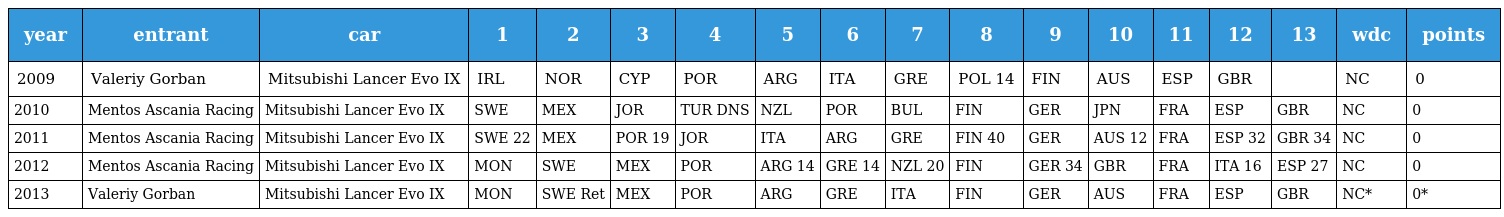
| year | entrant | car | 1 | 2 | 3 | 4 | 5 | 6 | 7 | 8 | 9 | 10 | 11 | 12 | 13 | wdc | points |
 | --- | --- | --- | --- | --- | --- | --- | --- | --- | --- | --- | --- | --- | --- | --- | --- | --- | --- |
 | 2009 | Valeriy Gorban | Mitsubishi Lancer Evo IX | IRL | NOR | CYP | POR | ARG | ITA | GRE | POL 14 | FIN | AUS | ESP | GBR |  | NC | 0 |
 | 2010 | Mentos Ascania Racing | Mitsubishi Lancer Evo IX | SWE | MEX | JOR | TUR DNS | NZL | POR | BUL | FIN | GER | JPN | FRA | ESP | GBR | NC | 0 |
 | 2011 | Mentos Ascania Racing | Mitsubishi Lancer Evo IX | SWE 22 | MEX | POR 19 | JOR | ITA | ARG | GRE | FIN 40 | GER | AUS 12 | FRA | ESP 32 | GBR 34 | NC | 0 |
 | 2012 | Mentos Ascania Racing | Mitsubishi Lancer Evo IX | MON | SWE | MEX | POR | ARG 14 | GRE 14 | NZL 20 | FIN | GER 34 | GBR | FRA | ITA 16 | ESP 27 | NC | 0 |
 | 2013 | Valeriy Gorban | Mitsubishi Lancer Evo IX | MON | SWE Ret | MEX | POR | ARG | GRE | ITA | FIN | GER | AUS | FRA | ESP | GBR | NC* | 0* |